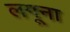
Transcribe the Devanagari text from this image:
लगूना